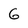
Character: 6